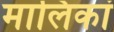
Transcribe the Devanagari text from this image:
मालिकां